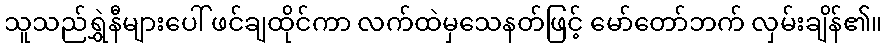
သူသည်ရွှဲနီများပေါ် ဖင်ချထိုင်ကာ လက်ထဲမှသေနတ်ဖြင့် မော်တော်ဘက် လှမ်းချိန်၏။